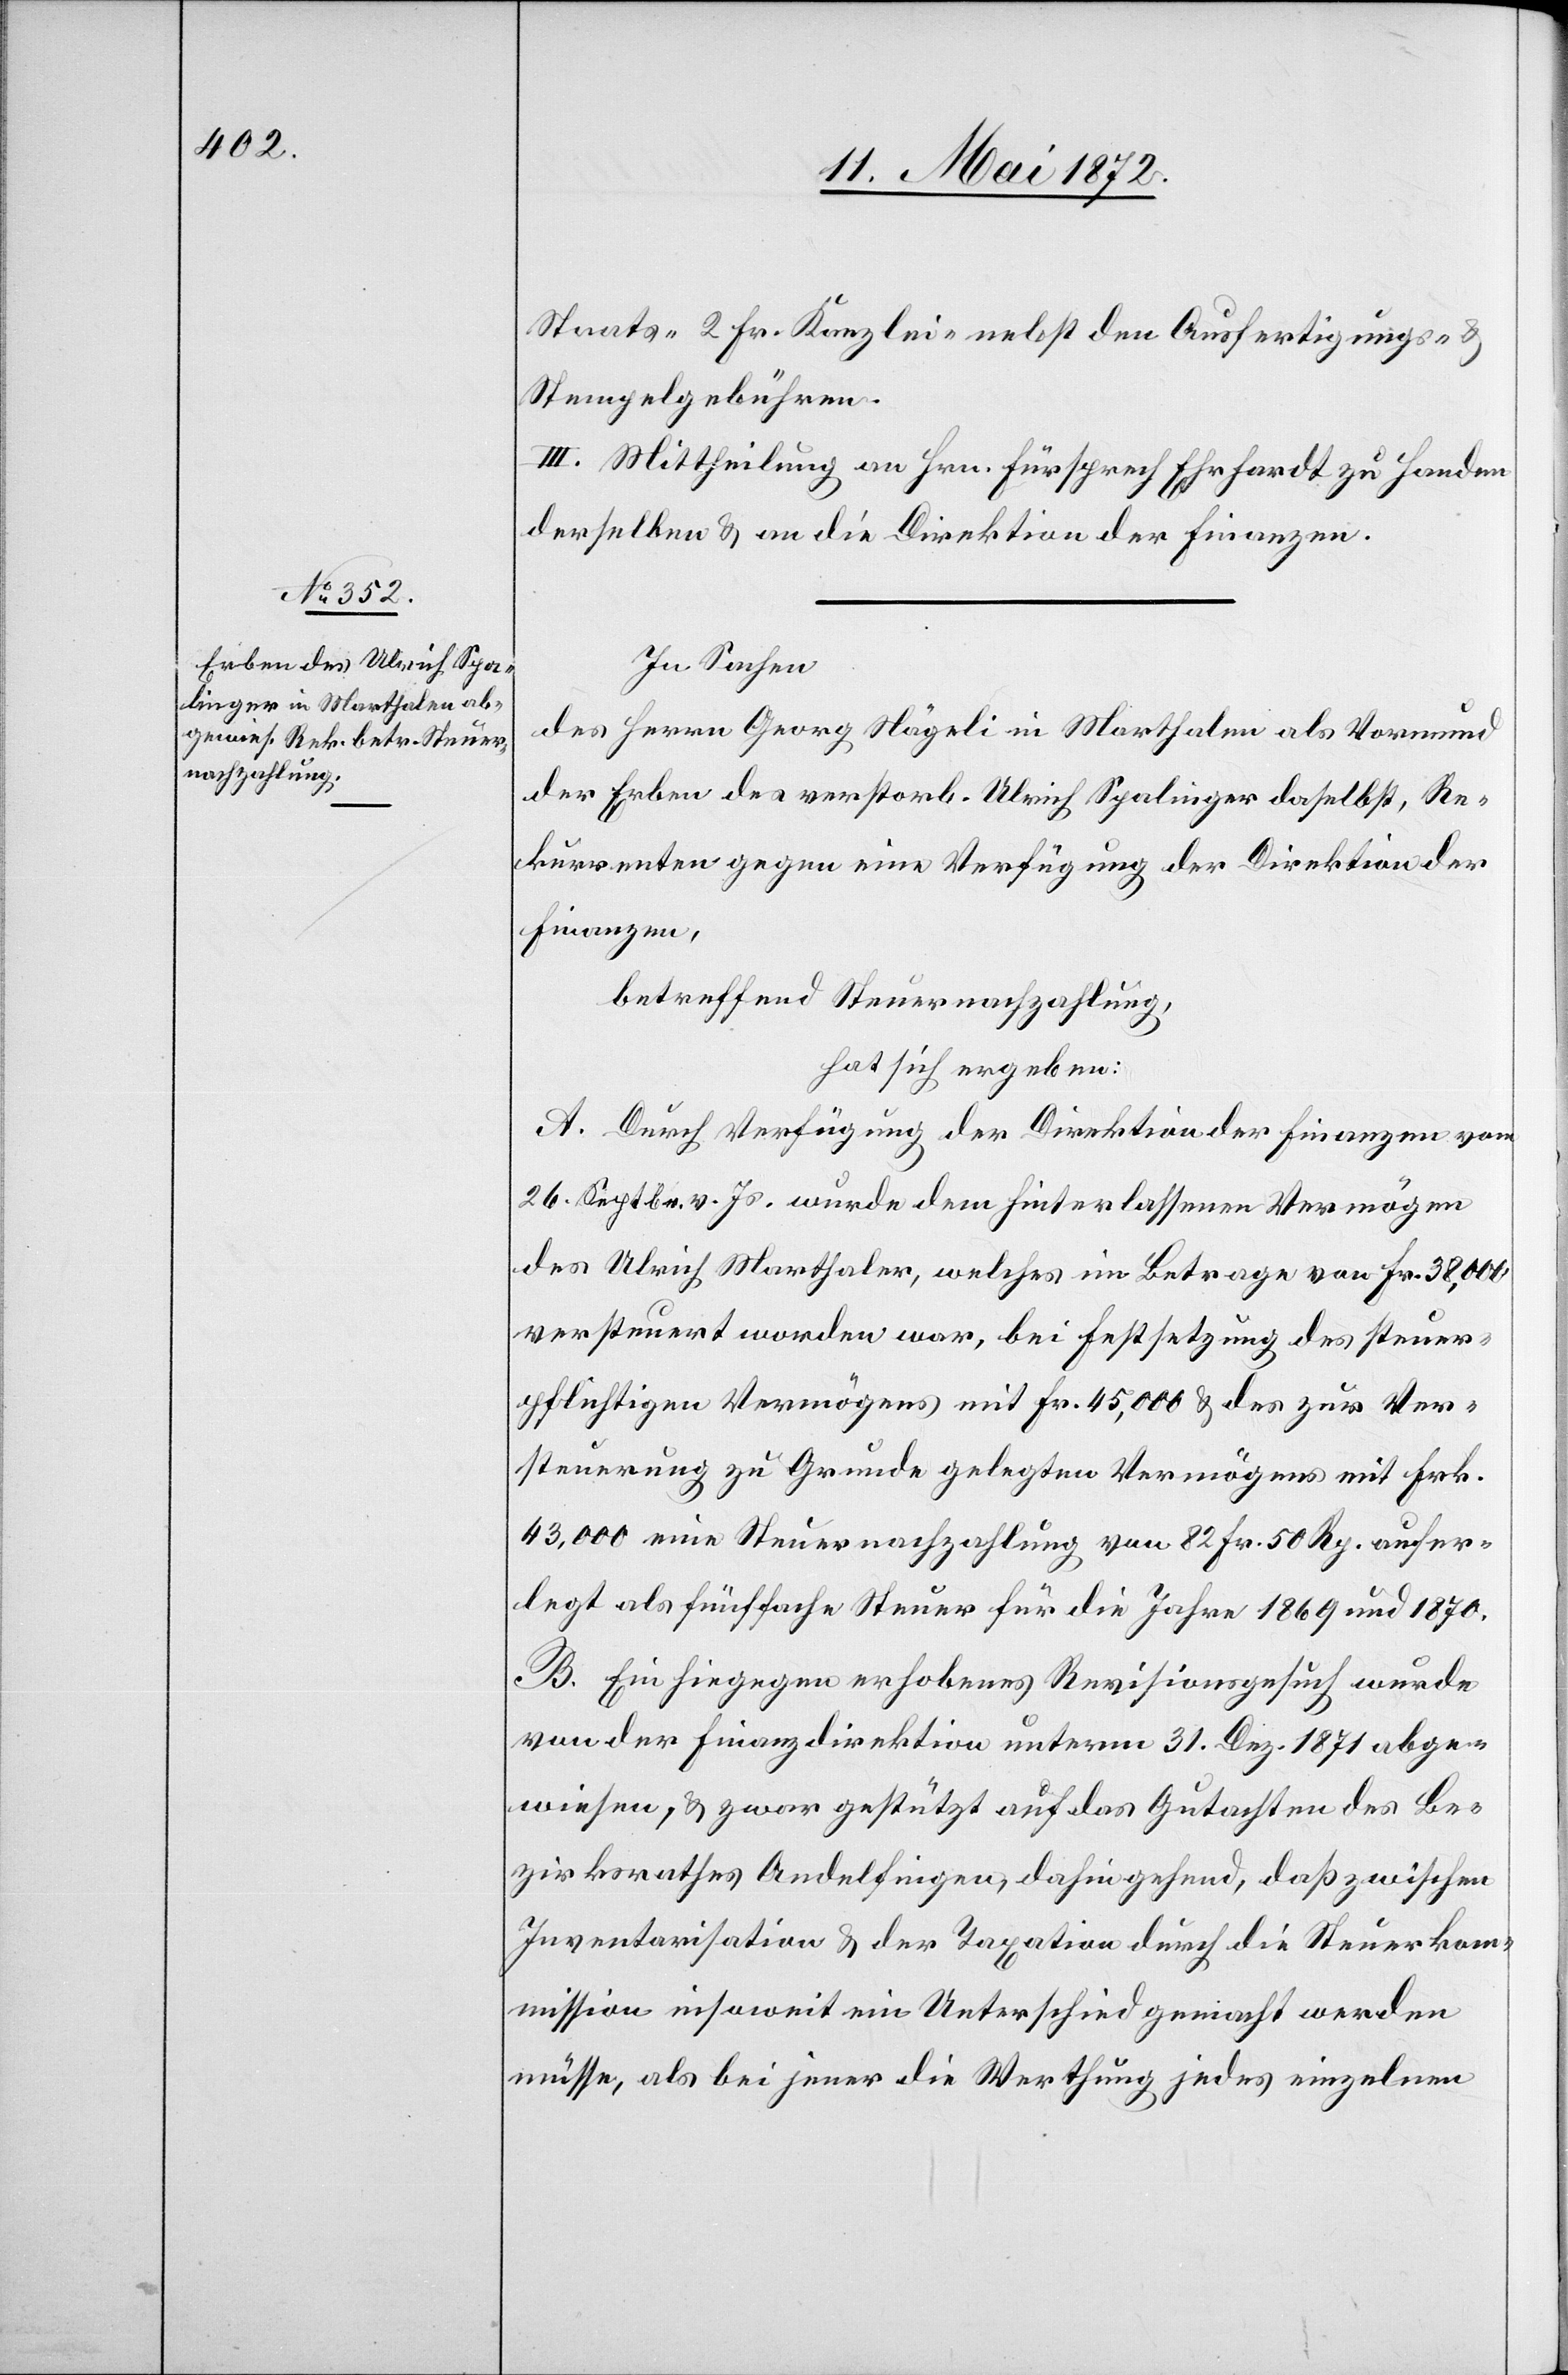
Staats-[,] 2 Fr. Kanzlei- nebst den Ausfertigungs- u.
Stempelgebühren.
III. Mittheilung an Hrn. Fürsprech Ehrhardt zu Handen
derselben u. an die Direktion der Finanzen.
In Sachen
des Herrn Georg Nägeli in Marthalen als Vormund
der Erben des verstorb. Ulrich Spalinger daselbst, Re¬
kurrenten gegen eine Verfügung der Direktion der
Finanzen,
betreffend Steuernachzahlung,
hat sich ergeben:
A. Durch Verfügung der Direktion der Finanzen vom
26. Septbr. v. Js. wurde dem hinterlassenen Vermögen
des Ulrich Marthalen, welches im Betrage von Fr. 38,000
versteuert worden war, bei Festsetzung des steuer¬
pflichtigen Vermögens mit Fr. 45,000 u. des zur Ver¬
steuerung zu Grunde gelegten Vermögens mit Frk.
43,000 eine Steuernachzahlung von 82 Fr. 50 Rp. aufer¬
legt als fünffache Steuer für die Jahre 1869 und 1870.
B. Ein hiegegen erhobenes Revisionsgesuch wurde
von der Finanzdirektion unterm 31. Dez. 1871 abge¬
wiesen, u. zwar gestützt auf das Gutachten des Be¬
zirksrathes Andelfingen, dahingehend, daß zwischen
Inventarisation u. der Taxation durch die Steuerkom¬
mission insoweit ein Unterschied gemacht werden
müsse, als bei jener die Werthung jedes einzelnen